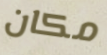
مكان